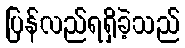
ပြန်လည်ရရှိခဲ့သည်